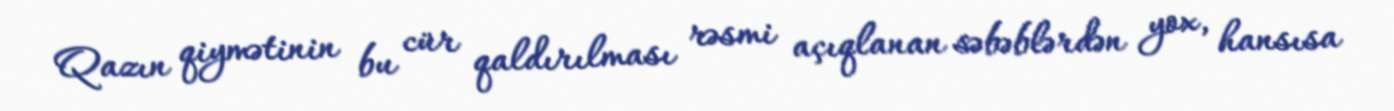
Qazın qiymətinin bu cür qaldırılması rəsmi açıqlanan səbəblərdən yox, hansısa